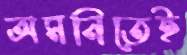
অমনিতেই